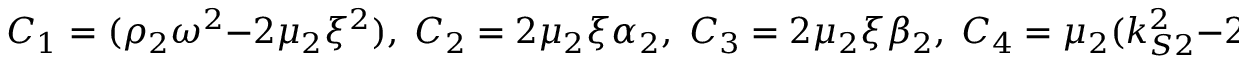
C _ { 1 } = ( \rho _ { 2 } \omega ^ { 2 } - 2 \mu _ { 2 } \xi ^ { 2 } ) , \; C _ { 2 } = 2 \mu _ { 2 } \xi \alpha _ { 2 } , \; C _ { 3 } = 2 \mu _ { 2 } \xi \beta _ { 2 } , \; C _ { 4 } = \mu _ { 2 } ( k _ { S 2 } ^ { 2 } - 2 \xi ^ { 2 } )